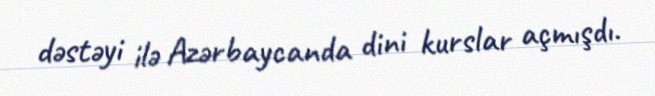
dəstəyi ilə Azərbaycanda dini kurslar açmışdı.